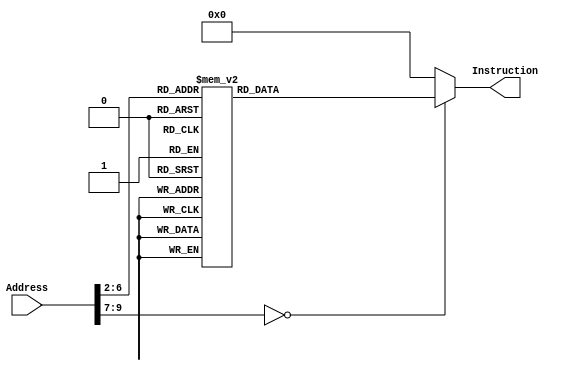
`timescale 1ns / 1ps
//////////////////////////////////////////////////////////////////////////////////
// Company: 
// Engineer: 
// 
// Design Name: 
// Module Name: InstructionMemory2
// Project Name: 
// Target Devices: 
// Tool Versions: 
// Description: 
// 
// Dependencies: 
// 
// Revision:
// Revision 0.01 - File Created
// Additional Comments:
// 
//////////////////////////////////////////////////////////////////////////////////


module InstructionMemory2(Address, Instruction);
	input [31:0] Address;
	output reg [31:0] Instruction;
	
	always @(*)
		case (Address[9:2])
			// addi $a0[4], $zero[0], 5
			8'd0:    Instruction <= 32'b001000_00000_00100_0000000000000101;
			// xor $v0[2], $zero[0], $zero[0]
			8'd1:    Instruction <= 32'b000000_00000_00000_00010_00000_100110;
			// jal sum
			8'd2:    Instruction <= 32'b000011_00000000000000000000000100;
			// Loop:
			// beq $zero[0], $zero[0], Loop
			8'd3:    Instruction <= 32'b000100_00000_00000_1111111111111111;
			// sum:
			// addi $sp[29], $sp[29], -8
			8'd4:    Instruction <= 32'b001000_11101_11101_1111111111111000;
			// sw $ra[31], 4($sp[29])
			8'd5:    Instruction <= 32'b101011_11101_11111_0000000000000100;
			// sw $a0[4], 0($sp[29])
			8'd6:    Instruction <= 32'b101011_11101_00100_0000000000000000;
			// slti $t0[8], $a0[4], 1
			8'd7:    Instruction <= 32'b001010_00100_01000_0000000000000001;
			// beq $t0[8], $zero[0], L1
			8'd8:    Instruction <= 32'b000100_01000_00000_0000000000000010;
			// addi $sp[29], $sp[29], 8
			8'd9:    Instruction <= 32'b001000_11101_11101_0000000000001000;
			// jr $ra[31]
			8'd10:   Instruction <= 32'b000000_11111_00000_00000_00000_001000;
			// L1:
			// add $v0[4], $a0[2], $v0[4]
			8'd11:   Instruction <= 32'b000000_00100_00010_00010_00000_100000;
			// addi $a0[2], $a0[2], -1
			8'd12:   Instruction <= 32'b001000_00100_00100_1111111111111111;
			// jal sum
			8'd13:   Instruction <= 32'b000011_00000000000000000000000100;
			// lw $a0[2], 0($sp[29])
			8'd14:   Instruction <= 32'b100011_11101_00100_0000000000000000;
			// lw $ra[31], 4($sp[29])
			8'd15:   Instruction <= 32'b100011_11101_11111_0000000000000100;
			// addi $sp[29], $sp[29], 8
			8'd16:   Instruction <= 32'b001000_11101_11101_0000000000001000;
			// add $v0[2], $a0[4], $v0[2]
			8'd17:   Instruction <= 32'b000000_00100_00010_00010_00000_100000;
			// jr $ra[31]
			8'd18:   Instruction <= 32'b000000_11111_00000_00000_00000_001000;
			
			default: Instruction <= 32'h00000000;
		endcase
		
endmodule